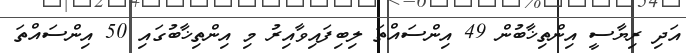
އަދި ރިޔާސީ އިންތިޚާބުން 49 އިންސައްތަ ލިބިފައިވާއިރު މި އިންތިޚާބުގައި 50 އިންސައްތަ